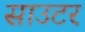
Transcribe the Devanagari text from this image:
साउटर